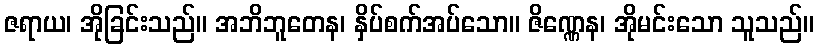
ဇရာယ၊ အိုခြင်းသည်။ အဘိဘူတေန၊ နှိပ်စက်အပ်သော။ ဇိဏ္ဏေန၊ အိုမင်းသော သူသည်။